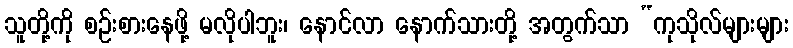
သူတို့ကို စဉ်းစားနေဖို့ မလိုပါဘူး၊ နောင်လာ နောက်သားတို့ အတွက်သာ “ကုသိုလ်များများ